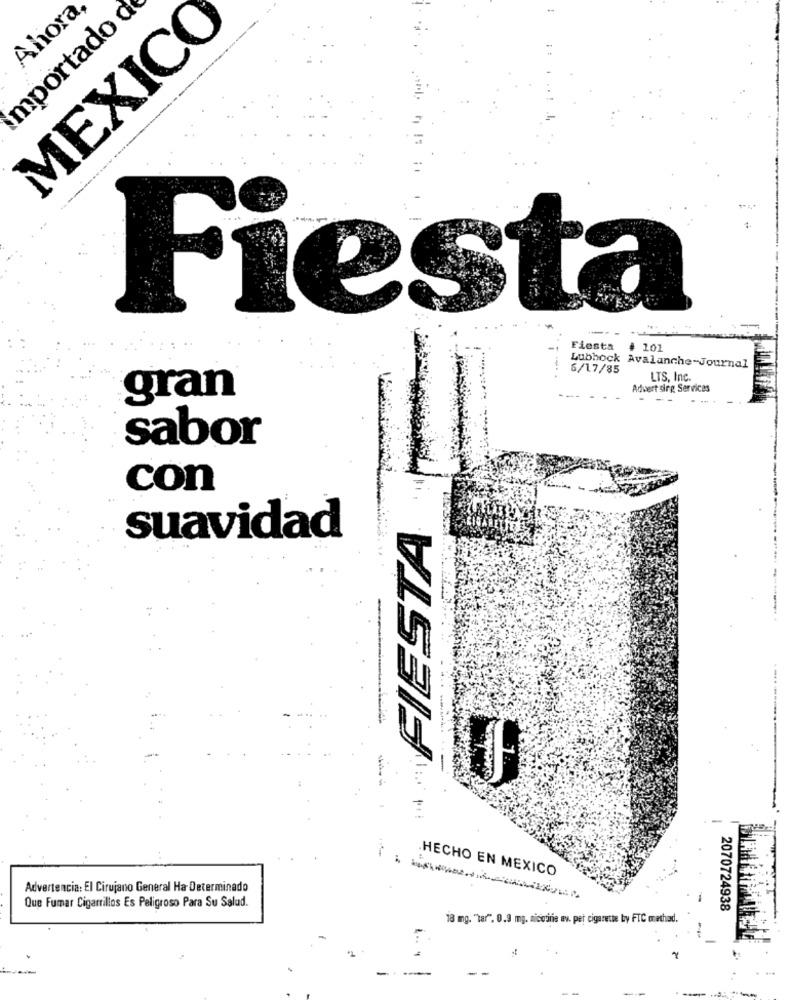
Ahora,
mportado
MEXICO
Fiesta
Fiesta # 101
6/17/85
Lubbock Avalanche-Journal
LTS, Inc.
Advert sing Services
gran
--
sabor
con
FIESTA
suavidad
HECHO EN MEXICO
Advertencia: El Cirujano General Ha Determinado
Que Fumar Cigarrillos Es Peligroso Para Su Salud.
2070724938
18 mg. "tar". 0.9 mg. nicotine av. per cigarette by FTC method.